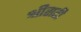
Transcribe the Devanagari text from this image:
श्रीसटी